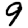
Digit: 9